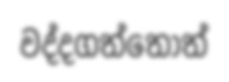
වද්දගත්තොත්